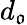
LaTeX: d_{\mathfrak{o}}